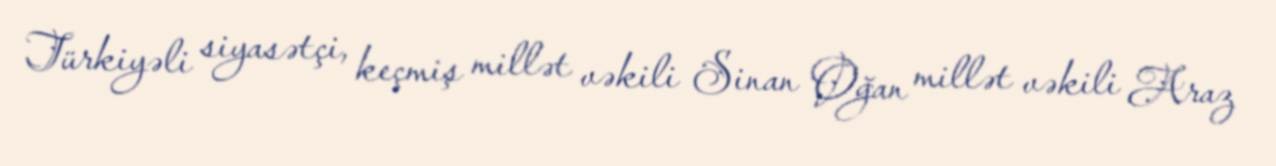
Türkiyəli siyasətçi, keçmiş millət vəkili Sinan Oğan millət vəkili Araz